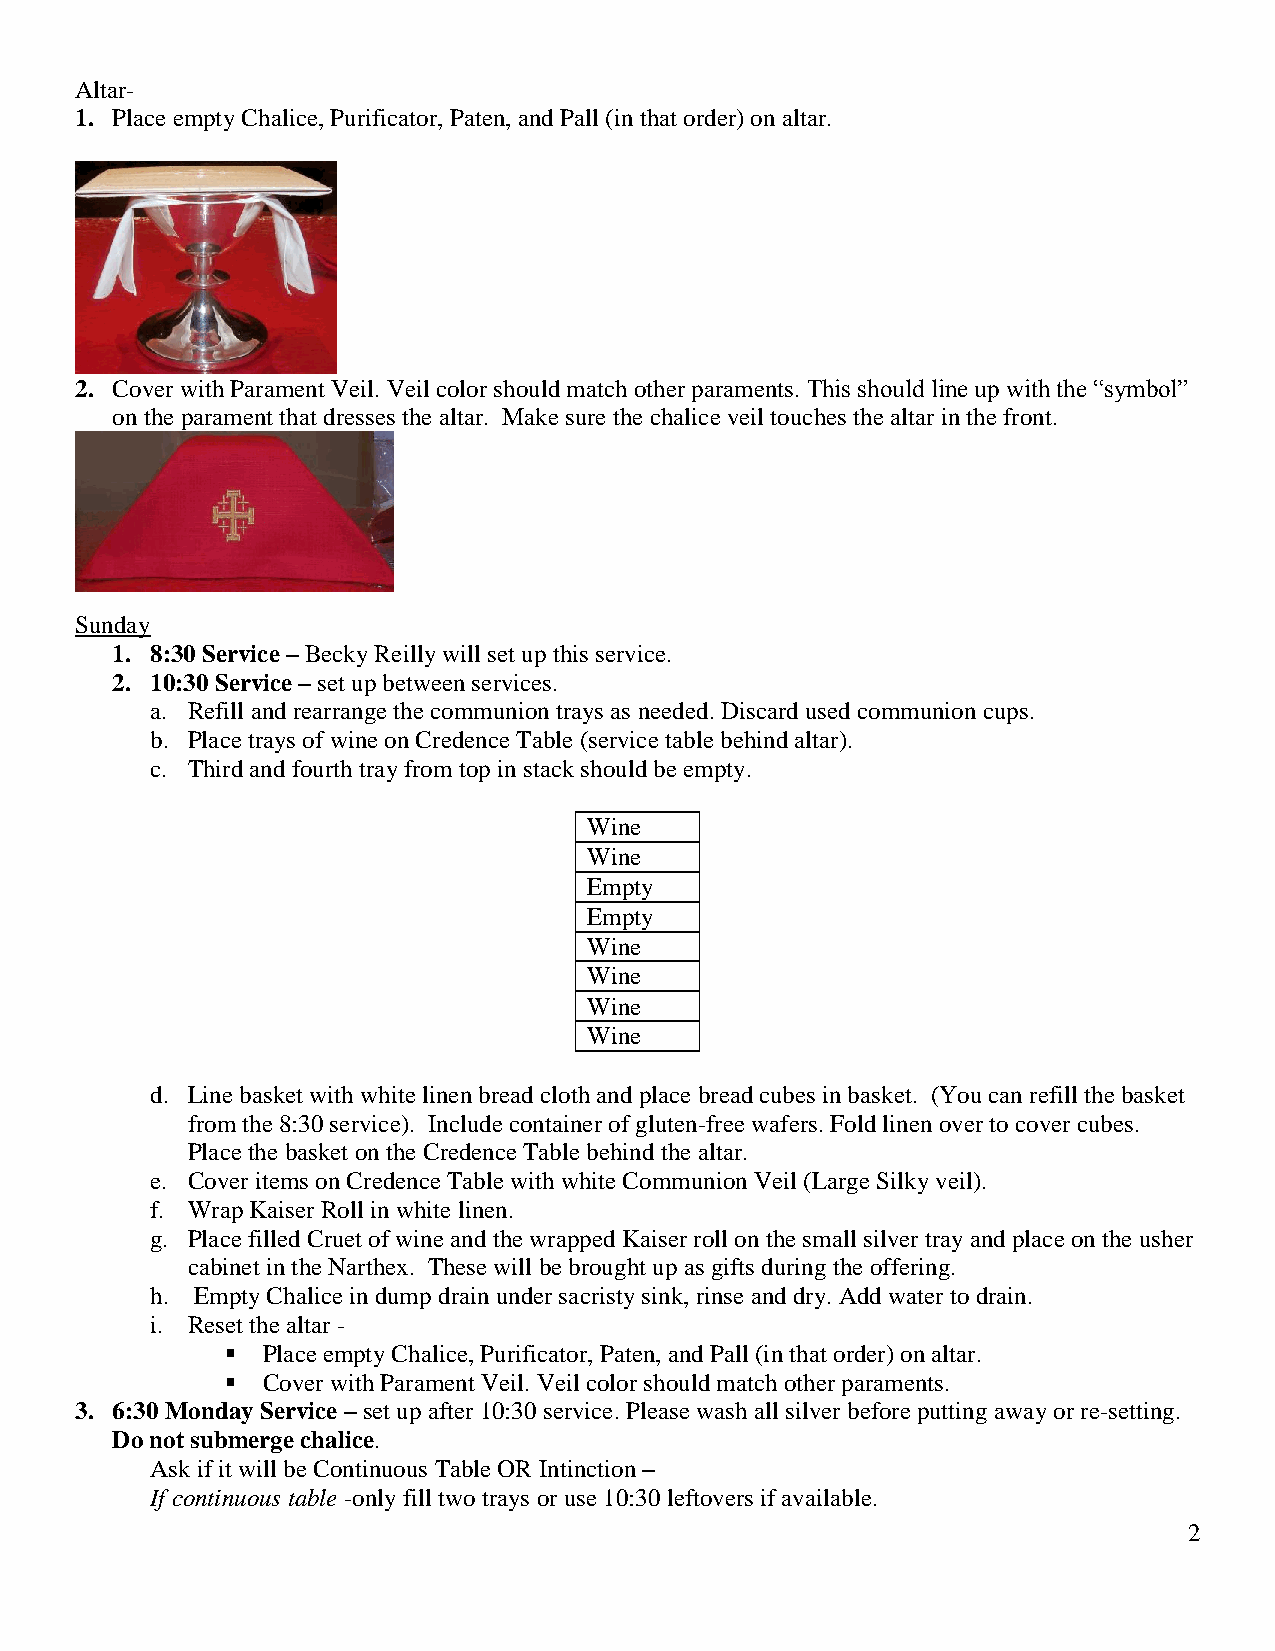
Altar-
 1. Place empty Chalice, Purificator, Paten, and Pall (in that order) on altar.
 2. Cover with Parament Veil. Veil color should match other paraments. This should line up with the “symbol”
 on the parament that dresses the altar. Make sure the chalice veil touches the altar in the front.
 Sunday
 1. 8:30 Service – Becky Reilly will set up this service.
 2. 10:30 Service – set up between services.
 a. Refill and rearrange the communion trays as needed. Discard used communion cups.
 b. Place trays of wine on Credence Table (service table behind altar).
 c. Third and fourth tray from top in stack should be empty.
 Wine
 Wine
 Empty
 Empty
 Wine
 Wine
 Wine
 Wine
 d. Line basket with white linen bread cloth and place bread cubes in basket. (You can refill the basket
 from the 8:30 service). Include container of gluten-free wafers. Fold linen over to cover cubes.
 Place the basket on the Credence Table behind the altar.
 e. Cover items on Credence Table with white Communion Veil (Large Silky veil).
 f. Wrap Kaiser Roll in white linen.
 g. Place filled Cruet of wine and the wrapped Kaiser roll on the small silver tray and place on the usher
 cabinet in the Narthex. These will be brought up as gifts during the offering.
 h. Empty Chalice in dump drain under sacristy sink, rinse and dry. Add water to drain.
 i. Reset the altar -
  Place empty Chalice, Purificator, Paten, and Pall (in that order) on altar.
  Cover with Parament Veil. Veil color should match other paraments.
 3. 6:30 Monday Service – set up after 10:30 service. Please wash all silver before putting away or re-setting.
 Do not submerge chalice.
 Ask if it will be Continuous Table OR Intinction –
 If continuous table -only fill two trays or use 10:30 leftovers if available.
 2